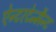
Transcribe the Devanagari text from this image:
ऐन्टरटेन्मैन्ट